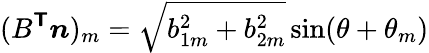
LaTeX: (B^{\boldsymbol{\mathsf{T}}}\boldsymbol{n})_{m}=\sqrt{b_{1m}^{2}+b_{2m}^{2}}\sin(\theta+\theta_{m})